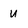
Character: u